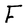
Character: F